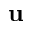
\mathbf { u }